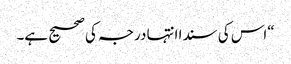
“اس کی سندا انتہا درجہ کی صحیح ہے۔